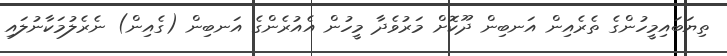
ތިޔަބައިމީހުންގެ ތެރެއިން އަނބިން ދޫކޮށް މަރުވެދާ މީހުން އެއުރެންގެ އަނބިން (ގެއިން) ނެރެލުމަކާނުލައި